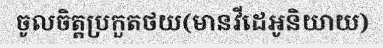
ចូលចិត្តប្រកួតថយ(មានវីដេអូនិយាយ)